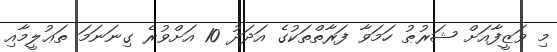
މި ވަޒީފާއަށް ޝަރުޠު ހަމަވާ ފަރާތްތަކުގެ އަދަދު 10 އަށްވުރެ ގިނަނަމަ ތަޢުލީމާއި